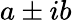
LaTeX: a\pm ib